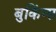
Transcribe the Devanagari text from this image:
बुकिंग्स